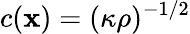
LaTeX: c({\mathbf x})=(\kappa\rho)^{-1/2}